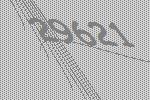
29621